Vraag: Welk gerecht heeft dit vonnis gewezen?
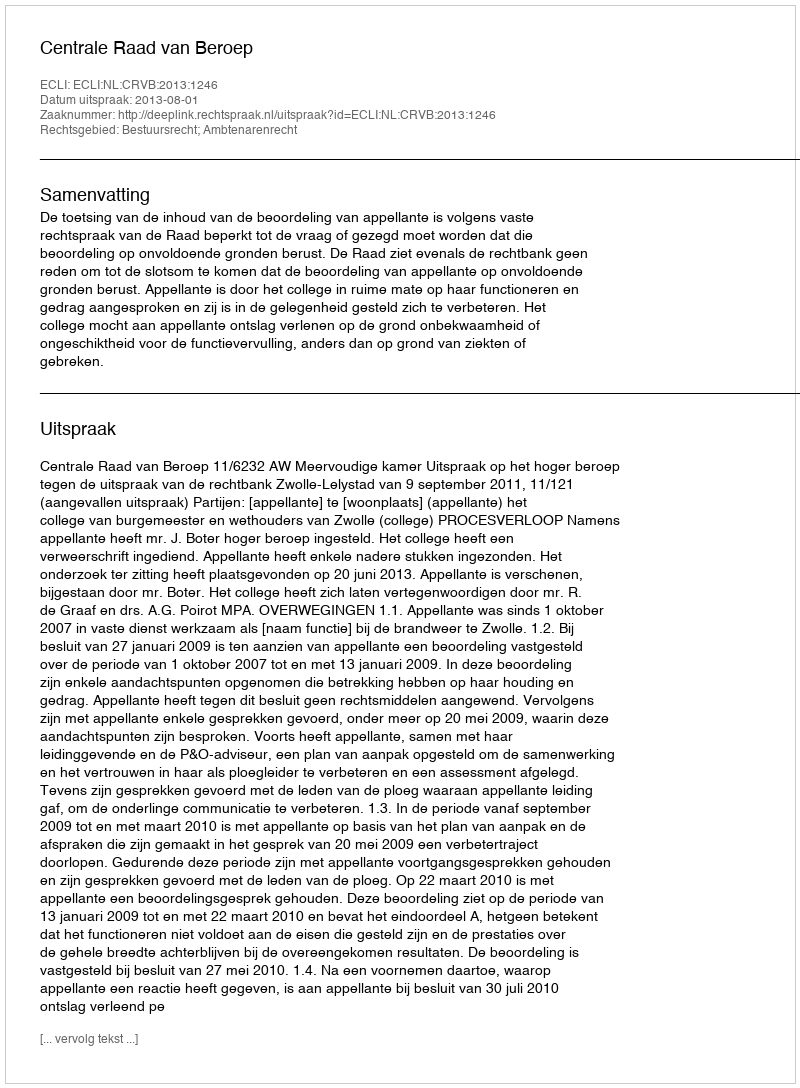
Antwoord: Centrale Raad van Beroep